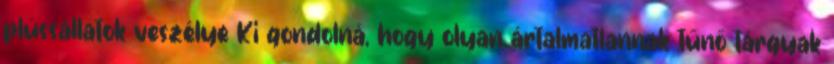
plüssállatok veszélye Ki gondolná, hogy olyan ártalmatlannak tűnő tárgyak